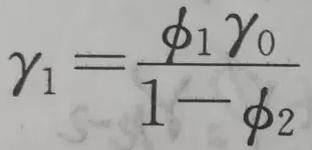
$\gamma_1=\frac{\phi_1\gamma_0}{1 - \phi_2}$